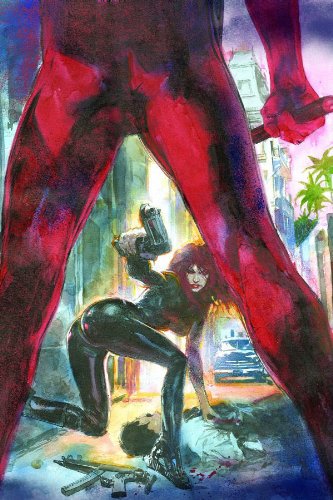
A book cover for Black Widow Vol. 2: The Things They Say About Her (Mighty Avengers); Richard K. Morgan; Comics & Graphic Novels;